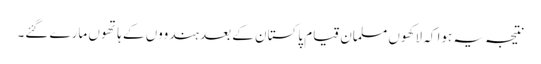
نتیجہ یہ ہوا کہ لاکھوں مسلمان قیام پاکستان کے بعد ہندووں کے ہاتھوں مارے گئے۔